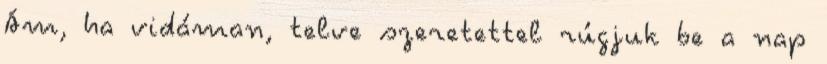
Ám, ha vidáman, telve szeretettel rúgjuk be a nap